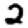
Digit: 2